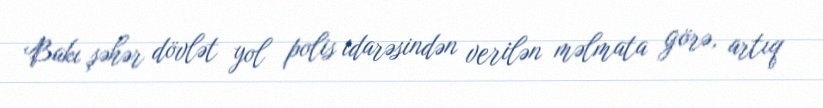
Bakı şəhər dövlət yol polis idarəsindən verilən məlmata görə, artıq